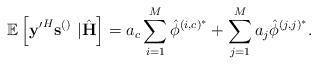
LaTeX: \begin{align*} \mathbb{E}\left[\mathbf{y'}^H\mathbf{s}^{\left(\right)}\right.&\left.|\hat{\mathbf{H}}\right]=a_c\sum_{i=1}^M\hat{\phi}^{\left(i,c\right)^*}+\sum_{j=1}^{M}a_j\hat{\phi}^{\left(j,j\right)^*}.\end{align*}